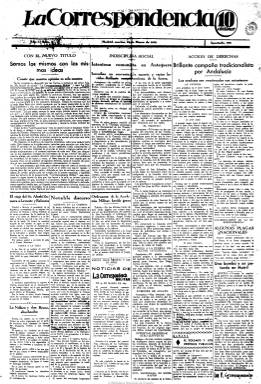
Título: La Correspondencia (Madrid. 1932)
Colección: Periódicos
Ámbito geográfico: Madrid
Lugar de publicación: Madrid
Fechas: 29/03/1932-30/06/1932

Comienza a publicarse el 29 de marzo de 1932, en lugar de La correspondencia militar (1877-1932), que tres días antes había editado su último número, al quedar afectada por la ley aprobada por las Cortes el día 23, que había prohibido la existencia de la prensa de carácter político-militar. De tal forma que el editorial del primer número del nuevo diario, que mantiene la misma estructural formal que su antecesor, se titula “Somos los mismos con las mismas ideas”.

Por tanto, su director será también Emilio Rodríguez Tarduchy, teniente coronel de Infantería retirado tras las reformas militares que el año anterior había emprendido Manuel Azaña como ministro de la Guerra. Tarduchi será asimismo uno de los fundadores de la clandestina Unión Militar Española (UME) y de Falange Española, y enlace entre los carlistas y los militares conspiradores contra la II República española.

Si La correspondencia militar había nacido en 1877 como periódico de carácter militar y político de tendencia republicana y no exento del espíritu conspirativo decimonónico, que virará después hacia posiciones muy conservadoras, tras 56 años de vida desaparecerá como La correspondencia, carente del adjetivo militar en su cabecera, como una publicación fiel a la monarquía, muy virulenta contra el régimen republicano y situándose en un ultraderechismo exacerbado. La actitud adoptada por este diario fue quizá la que había llevado a Azaña a promover la supresión de la prensa político-militar.

Pero la vida del nuevo título fue efímera. Tras varias sanciones y recogida de sus ejemplares, el siete de julio de 1932, el ministro de Gobernación, Santiago Casares Quiroga, le vuelve a multar y ordena su suspensión definitiva por excitar al ejército a intervenir en los asuntos políticos. Su último número en la colección de la Biblioteca Nacional de España corresponde al 30 de junio de ese año.